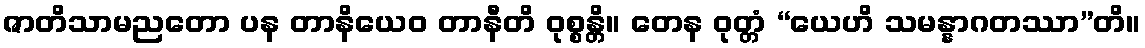
ဇာတိသာမညတော ပန တာနိယေဝ တာနီတိ ဝုစ္စန္တိ။ တေန ဝုတ္တံ “ယေဟိ သမန္နာဂတဿာ”တိ။